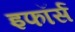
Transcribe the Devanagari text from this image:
इफॉर्स